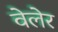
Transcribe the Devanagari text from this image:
वेलेर